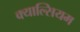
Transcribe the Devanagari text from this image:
क्याल्सियम